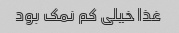
غذا خیلی کم نمک بود